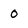
Character: 0